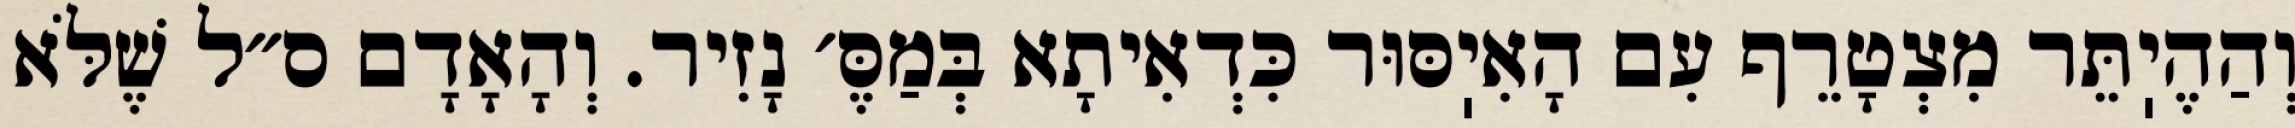
וְהַהֶיֽתֵּר מִצְטָרֵף עִם הָאִיֽסּוּר כִּדְאִיתָא בְּמַסֶּ׳ נָזִיר. וְהָאָדָם ס״ל שֶׁלֹּא